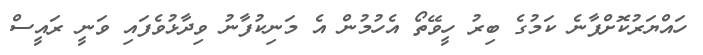
ހައްޔަރުކޮށްފާނެ ކަމުގެ ބިރު ހީވޭތޯ އެހުމުން އެ މަނިކުފާނު ވިދާޅުވެފައި ވަނީ ރައީސް